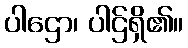
ပါဌော၊ ပါဌ်ရှိ၏။